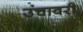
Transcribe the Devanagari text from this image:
उंचावरी